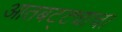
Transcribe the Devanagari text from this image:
आतबट्ट्याचा